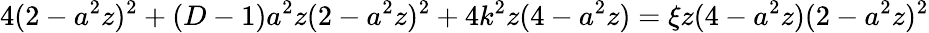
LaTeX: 4(2-a^{2}z)^{2}+(D-1)a^{2}z(2-a^{2}z)^{2}+4k^{2}z(4-a^{2}z)=\xi z(4-a^{2}z)(2-a^{2}z)^{2}